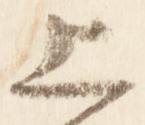
上